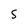
Character: 5